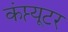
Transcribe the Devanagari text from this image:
कंप्त्यूटर